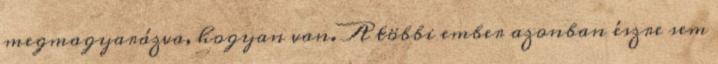
megmagyarázva, hogyan van. A többi ember azonban észre sem